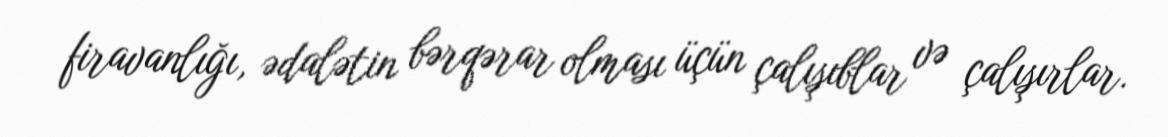
firavanlığı, ədalətin bərqərar olması üçün çalışıblar və çalışırlar.